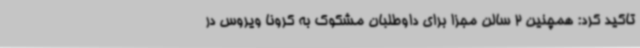
تاکید کرد: همچنین 2 سالن مجزا برای داوطلبان مشکوک به کرونا ویروس در